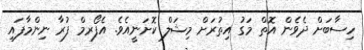
ހިސާބަށް ދެވެން އޮތް މަގު އިތުރަށް މިޝަލް ކޮށަނީއެވެ. އެފޯރމް ފުރާ ނިންމާފައި